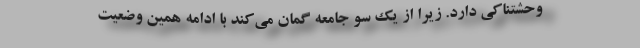
وحشتناکی دارد. زیرا از یک سو جامعه گمان می‌کند با ادامه همین وضعیت